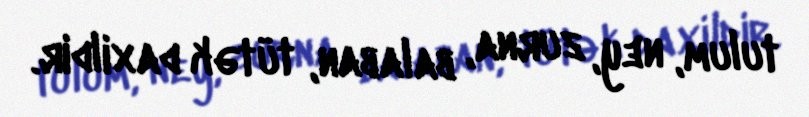
tulum, ney, zurna, balaban, tütək daxildir.